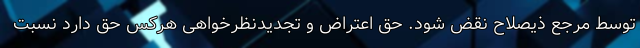
توسط مرجع ذیصلاح نقض شود. حق اعتراض و تجدیدنظرخواهی هرکس حق دارد نسبت